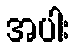
အပါး